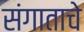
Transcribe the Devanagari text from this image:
संगाताचे